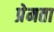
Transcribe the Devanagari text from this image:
प्रेमता